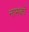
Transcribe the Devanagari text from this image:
नाभकों